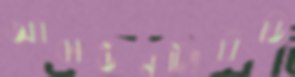
অ্যাকাউনটিংবিডি